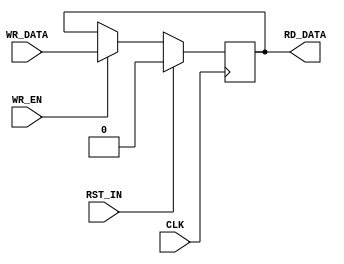
//----------------------------------------------------------------------------
// This software is Copyright  2015 The Regents of the University of 
// California. All Rights Reserved.
//
// Permission to copy, modify, and distribute this software and its 
// documentation for educational, research and non-profit purposes, without 
// fee, and without a written agreement is hereby granted, provided that the 
// above copyright notice, this paragraph and the following three paragraphs 
// appear in all copies.
//
// Permission to make commercial use of this software may be obtained by 
// contacting:
// Technology Transfer Office
// 9500 Gilman Drive, Mail Code 0910
// University of California
// La Jolla, CA 92093-0910
// (858) 534-5815
// invent@ucsd.edu
// 
// This software program and documentation are copyrighted by The Regents of 
// the University of California. The software program and documentation are 
// supplied "as is", without any accompanying services from The Regents. The 
// Regents does not warrant that the operation of the program will be 
// uninterrupted or error-free. The end-user understands that the program was 
// developed for research purposes and is advised not to rely exclusively on 
// the program for any reason.
// 
// IN NO EVENT SHALL THE UNIVERSITY OF CALIFORNIA BE LIABLE TO
// ANY PARTY FOR DIRECT, INDIRECT, SPECIAL, INCIDENTAL, OR
// CONSEQUENTIAL DAMAGES, INCLUDING LOST PROFITS, ARISING
// OUT OF THE USE OF THIS SOFTWARE AND ITS DOCUMENTATION,
// EVEN IF THE UNIVERSITY OF CALIFORNIA HAS BEEN ADVISED OF
// THE POSSIBILITY OF SUCH DAMAGE. THE UNIVERSITY OF
// CALIFORNIA SPECIFICALLY DISCLAIMS ANY WARRANTIES,
// INCLUDING, BUT NOT LIMITED TO, THE IMPLIED WARRANTIES OF
// MERCHANTABILITY AND FITNESS FOR A PARTICULAR PURPOSE.
// THE SOFTWARE PROVIDED HEREUNDER IS ON AN "AS IS" BASIS, 
// AND THE UNIVERSITY OF CALIFORNIA HAS NO OBLIGATIONS TO
// PROVIDE MAINTENANCE, SUPPORT, UPDATES, ENHANCEMENTS, OR
// MODIFICATIONS.
//----------------------------------------------------------------------------
//----------------------------------------------------------------------------
// Version:				1.00
// Verilog Standard:	Verilog-2001
// Description:         A simple parameterized register
//-----------------------------------------------------------------------------
`timescale 1ns/1ns
module register
    #(parameter C_WIDTH = 1,
      parameter C_VALUE = 0
      )
    (input CLK,
     input                RST_IN,
     output [C_WIDTH-1:0] RD_DATA,
     input [C_WIDTH-1:0]  WR_DATA,
     input                WR_EN
     );

    reg [C_WIDTH-1:0]     rData;

    assign RD_DATA = rData;
    always @(posedge CLK) begin
        if(RST_IN) begin
            rData <= C_VALUE;
        end else if(WR_EN) begin
            rData <= WR_DATA;
        end 
    end

endmodule